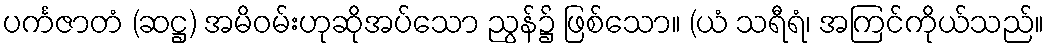
ပင်္ကဇာတံ (ဆဋ္ဌ) အမိဝမ်းဟုဆိုအပ်သော ညွန်၌ ဖြစ်သော။ (ယံ သရီရံ၊ အကြင်ကိုယ်သည်။